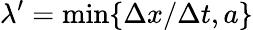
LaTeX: \lambda^{\prime}=\operatorname*{min}\{ \Delta x/\Delta t,a\}